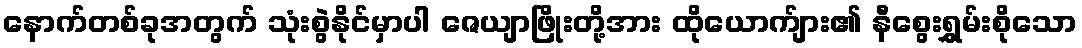
နောက်တစ်ခုအတွက် သုံးစွဲနိုင်မှာပါ ဇေယျာဖြိုးတို့အား ထိုယောက်ျား၏ နီစွေးရွှမ်းစိုသော